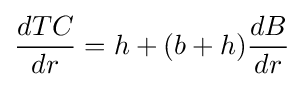
{\frac {dTC}{dr}}=h+(b+h){\frac {dB}{dr}}